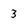
Character: 3